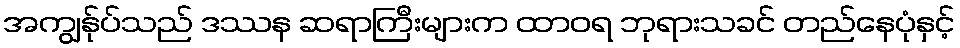
အကျွန်ုပ်သည် ဒဿန ဆရာကြီးများက ထာဝရ ဘုရားသခင် တည်နေပုံနှင့်